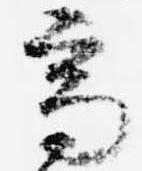
高